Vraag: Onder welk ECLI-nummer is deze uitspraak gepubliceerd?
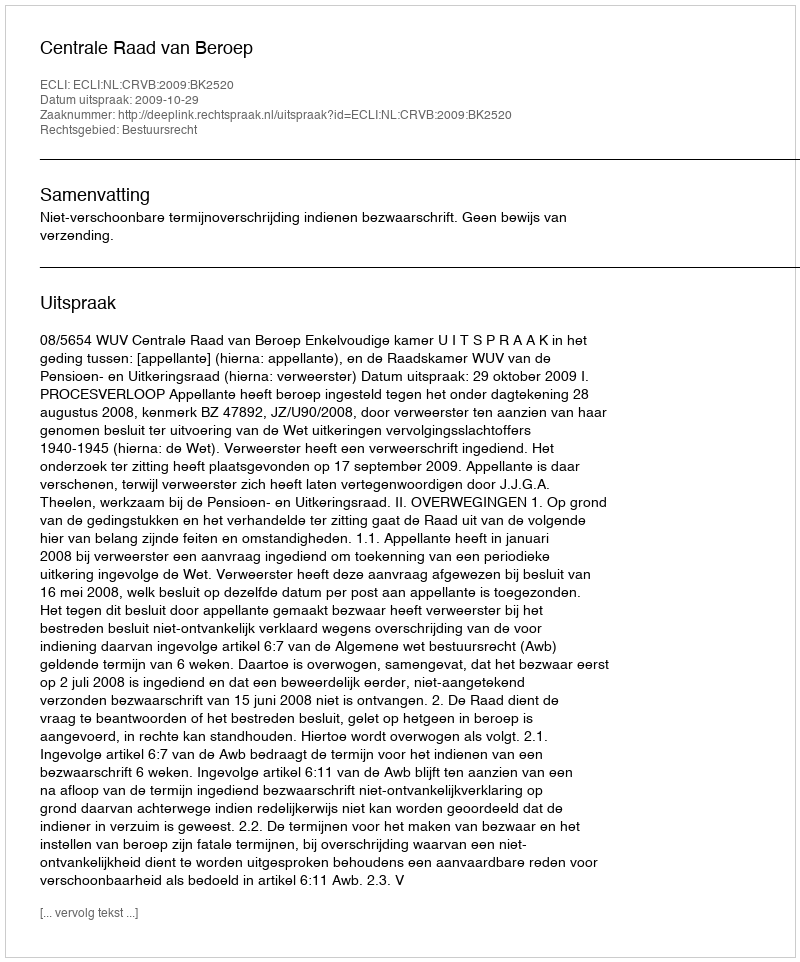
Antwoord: ECLI:NL:CRVB:2009:BK2520